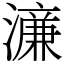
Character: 濓